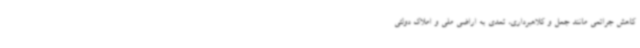
کاهش جرائمی مانند جعل و کلاهبرداری، تعدی به اراضی ملی و املاک دولتی